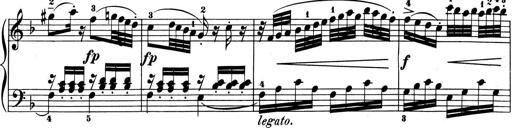
Title: 6 Piano Sonatinas
Composer: Cornelius Gurlitt